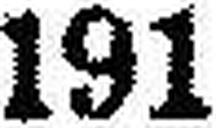
191